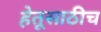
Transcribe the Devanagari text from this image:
हेतूसाठीच